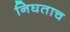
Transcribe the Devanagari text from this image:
निघताच